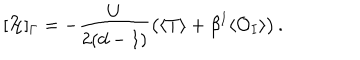
[ \mathcal { H } ] _ { \Gamma } = - \frac { U } { 2 ( d - 1 ) } \left( \langle T \rangle + \beta ^ { I } \langle \mathcal { O } _ { I } \rangle \right) .